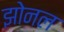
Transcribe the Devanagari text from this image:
झोनल